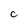
Character: C